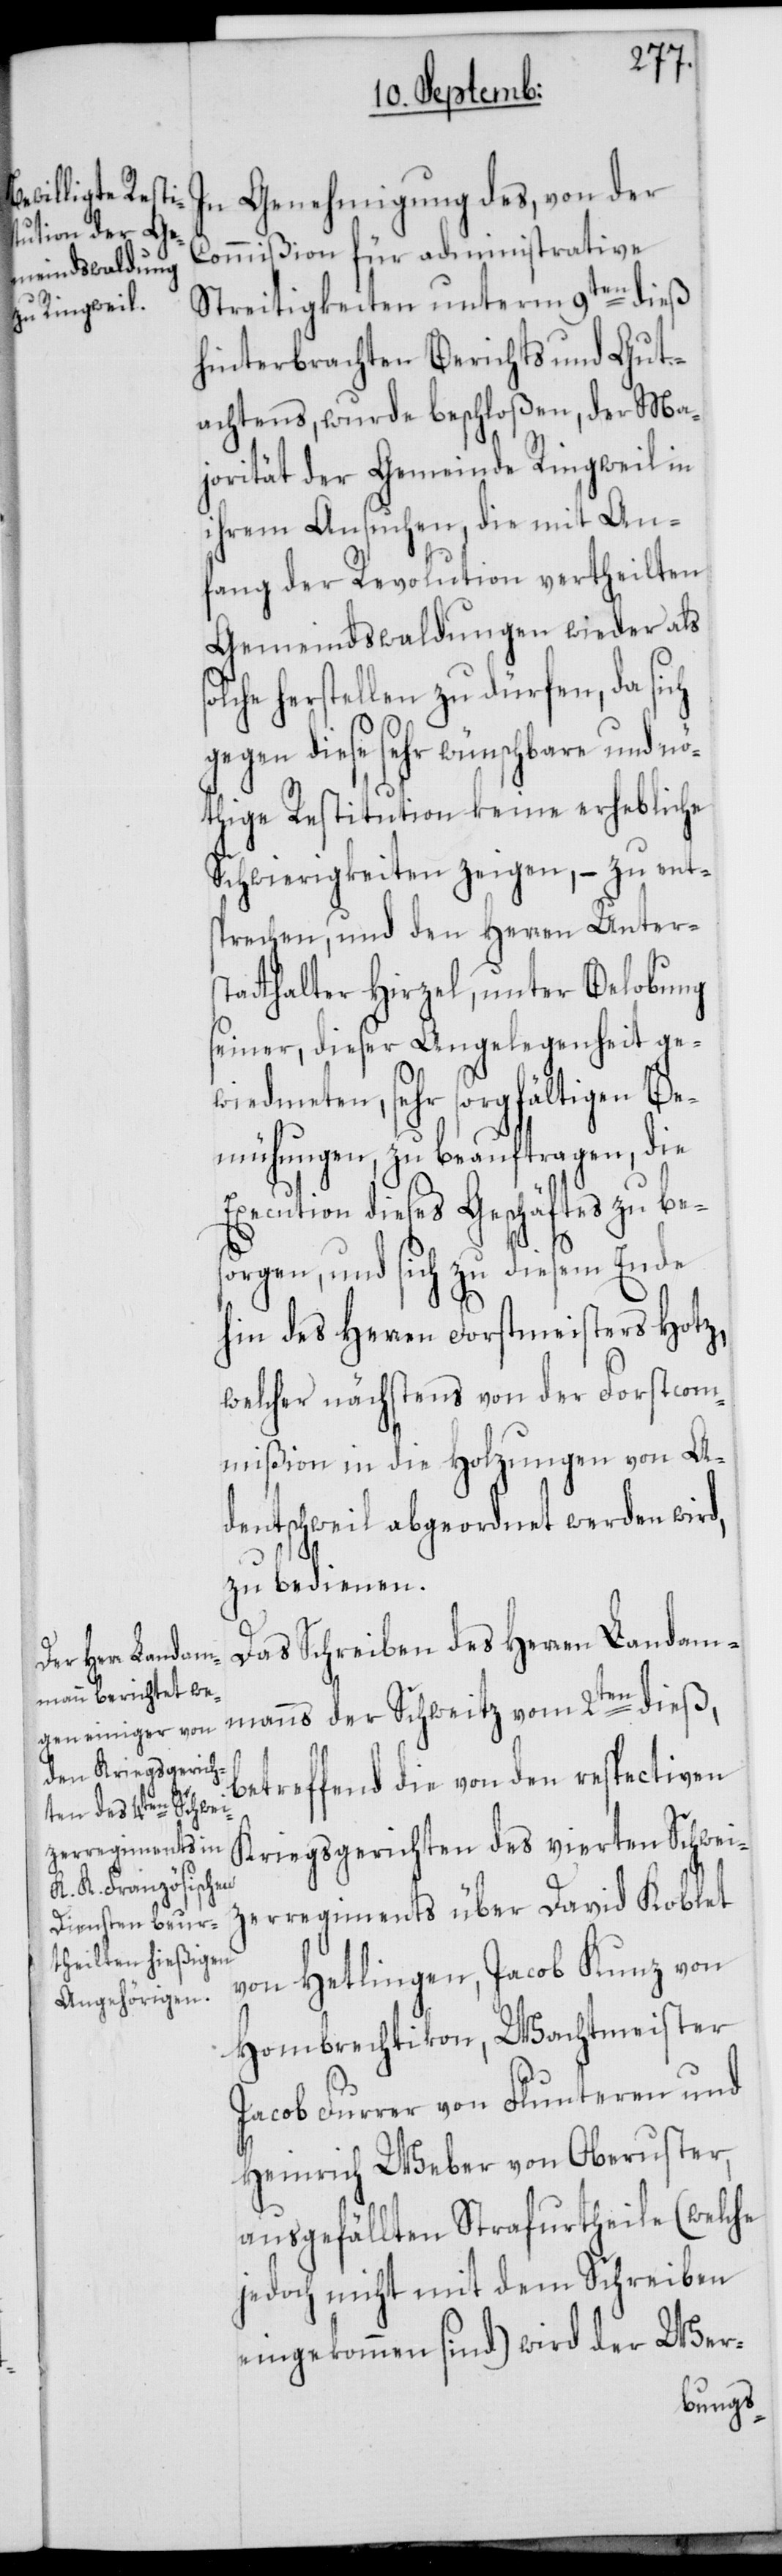
In Genehmigung des, von der
Commißion für administrative
Streitigkeiten unterm 9ten dieß
hinterbrachten Berichts und Gut¬
achtens, wurde beschloßen, der Ma¬
jorität der Gemeinde Ringweil in
ihrem Ansuchen, die mit An¬
fang der Revolution vertheilten
Gemeindswaldungen wieder als
herstellen zu dürfen, da sich
gegen diese sehr wünschbare und nö¬
thige Restitution keine erhebliche
Schwierigkeiten zeigen, – zu ents¬
prechen, und den Herren Unters¬
tatthalter Hirzel, unter Belobung
seiner, dieser Angelegenheit ge¬
wiedmeten, sehr sorgfältigen Be¬
mühungen, zu beauftragen, die
Execution dieses Geschäftes zu bes¬
orgen, und sich zu diesem Ende
hin des Herren Forstmeisters Hotz,
welcher nächstens von der Forstcom¬
mißion in die Holzungen von A¬
dentschweil abgeordnet werden wird,
zu bedienen.
Das Schreiben des Herren Landam¬
manns der Schweitz vom 2ten dieß,
betreffend die von den respectiven
Kriegsgerichten des vierten Schwei¬
tzerregiments über David Koblet
von Hetlingen, Jacob Kunz von
Hombrechtikon, Wachtmeister
Jacob Furrer von Flunteren und
Heinrich Weber von Oberuster,
ausgefällten Strafurtheile (welche
jedoch nicht mit dem Schreiben
eingekommen sind) wird der Wer-